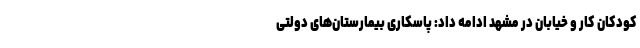
کودکان کار و خیابان در مشهد ادامه داد: پاسکاری بیمارستان‌های دولتی